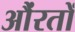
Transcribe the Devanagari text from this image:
औंरतों